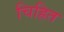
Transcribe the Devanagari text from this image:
चिह्रित